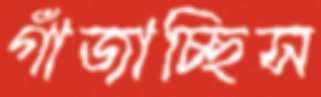
গাঁজাচ্ছিস